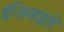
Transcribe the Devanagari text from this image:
इंजिनाद्वारे